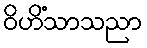
ဝိဟိံသာသညာ